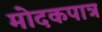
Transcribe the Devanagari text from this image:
मोदकपात्र